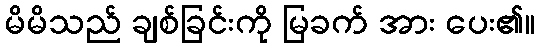
မိမိသည် ချစ်ခြင်းကို မြခက် အား ပေး၏။